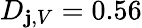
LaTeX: D_{\mathbf{j},V}=0.56